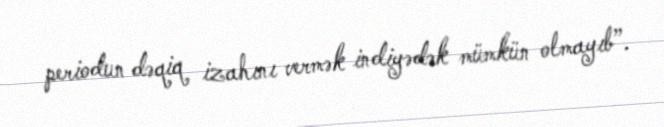
periodun dəqiq izahını vermək indiyədək mümkün olmayıb”.